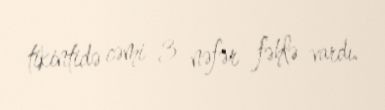
tikintidə cəmi 3 nəfər fəhlə vardı.